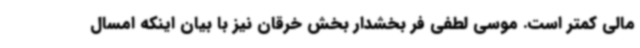
مالی کمتر است. موسی لطفی فر بخشدار بخش خرقان نیز با بیان اینکه امسال